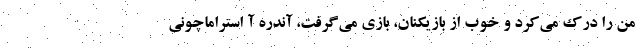
من را درک می‌کرد و خوب از بازیکنان، بازی می‌گرفت، آندره آ استراماچونی